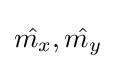
{\hat {m_{x}}},{\hat {m_{y}}}